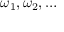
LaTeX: \omega _ { 1 } , \omega _ { 2 } , \ldots